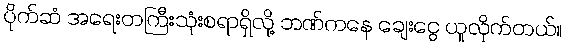
ပိုက်ဆံ အရေးတကြီးသုံးစရာရှိလို့ ဘဏ်ကနေ ချေးငွေ ယူလိုက်တယ်။